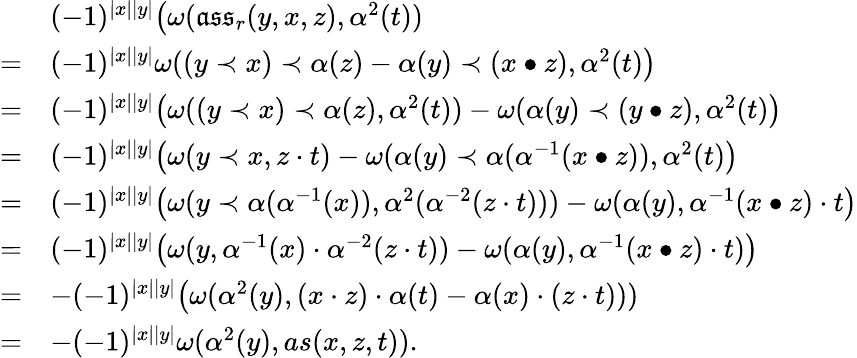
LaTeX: \begin{array}{rl}&{(-1)^{|x||y|}\big(\omega(\mathfrak{ass}_{r}(y,x,z),\alpha^{2}(t))}\\ {=}&{(-1)^{|x||y|}\omega((y\prec x)\prec\alpha(z)-\alpha(y)\prec(x\bullet z),\alpha^{2}(t)\big)}\\ {=}&{(-1)^{|x||y|}\big(\omega((y\prec x)\prec\alpha(z),\alpha^{2}(t))-\omega(\alpha(y)\prec(y\bullet z),\alpha^{2}(t)\big)}\\ {=}&{(-1)^{|x||y|}\big(\omega(y\prec x,z\cdot t)-\omega(\alpha(y)\prec\alpha(\alpha^{-1}(x\bullet z)),\alpha^{2}(t)\big)}\\ {=}&{(-1)^{|x||y|}\big(\omega(y\prec\alpha(\alpha^{-1}(x)),\alpha^{2}(\alpha^{-2}(z\cdot t)))-\omega(\alpha(y),\alpha^{-1}(x\bullet z)\cdot t\big)}\\ {=}&{(-1)^{|x||y|}\big(\omega(y,\alpha^{-1}(x)\cdot\alpha^{-2}(z\cdot t))-\omega(\alpha(y),\alpha^{-1}(x\bullet z)\cdot t)\big)}\\ {=}&{-(-1)^{|x||y|}\big(\omega(\alpha^{2}(y),(x\cdot z)\cdot\alpha(t)-\alpha(x)\cdot(z\cdot t)))}\\ {=}&{-(-1)^{|x||y|}\omega(\alpha^{2}(y),as(x,z,t)).}\end{array}